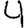
Digit: 4